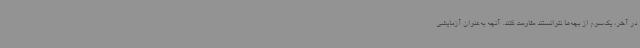
در آخر، یک‌سوم از بچه‌ها نتوانستند مقاومت کنند. آنچه به‌عنوان آزمایشی